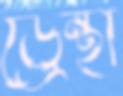
ড্রেন্থা